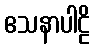
ဧသနာပါဠိ